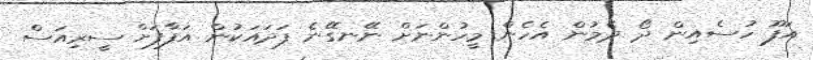
އަފޫ ހުސެއިން ދޯ ދެމުން އެހެން މީހުންނަށް ނޭނގޭނެ ފަދައަކުން އަފާފަށް ސީރިއަސް